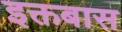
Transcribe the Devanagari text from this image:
इक्तबास